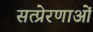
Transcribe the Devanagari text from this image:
सत्प्रेरणाओं